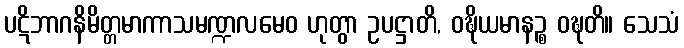
ပဋိဘာဂနိမိတ္တမာကာသမဏ္ဍလမေဝ ဟုတွာ ဥပဋ္ဌာတိ, ဝဍ္ဎိယမာနဉ္စ ဝဍ္ဎတိ။ သေသံ